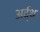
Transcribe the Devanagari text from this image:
अर्द्‌ध